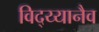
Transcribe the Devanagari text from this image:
विद्य्यानैव